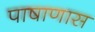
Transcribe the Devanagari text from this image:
पाषाणास